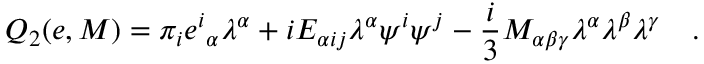
Q _ { 2 } ( e , M ) = \pi _ { i } { e ^ { i } } _ { \alpha } \lambda ^ { \alpha } + i E _ { \alpha i j } \lambda ^ { \alpha } \psi ^ { i } \psi ^ { j } - \frac { i } { 3 } M _ { \alpha \beta \gamma } \lambda ^ { \alpha } \lambda ^ { \beta } \lambda ^ { \gamma } \quad .